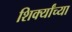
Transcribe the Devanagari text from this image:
शिर्क्यांच्या